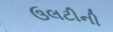
ઉલટીની